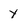
Character: y